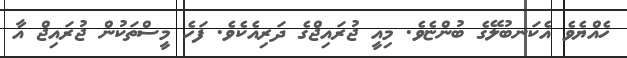
ހެއްޔެވެ އެކަނބުލޭގެ ބުންޏެވެ. މިއީ ޖުރައިޖްގެ ދަރިއެކެވެ. ފަހެ މީސްތަކުން ޖުރައިޖް އާ